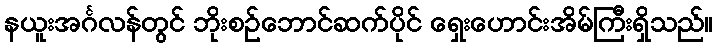
နယူးအင်္ဂလန်တွင် ဘိုးစဉ်ဘောင်ဆက်ပိုင် ရှေးဟောင်းအိမ်ကြီးရှိသည်။